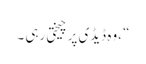
“ ،وہ ڈیڈی پر چیختی رہی ۔